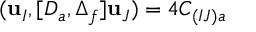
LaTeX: ( { \bf u } _ { I } , [ D _ { a } , \Delta _ { f } ] { \bf u } _ { J } ) = 4 C _ { ( I J ) a }